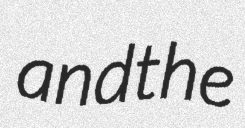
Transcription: and the